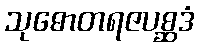
သုဓောတရဇပစ္ဆဒံ